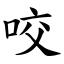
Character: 咬